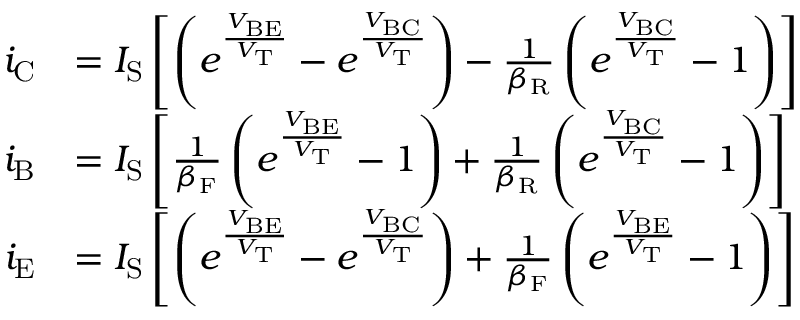
{ \begin{array} { r l } { i _ { \mathrm { C } } } & { = I _ { \mathrm { S } } \left[ \left( e ^ { \frac { V _ { \mathrm { B E } } } { V _ { \mathrm { T } } } } - e ^ { \frac { V _ { \mathrm { B C } } } { V _ { \mathrm { T } } } } \right) - { \frac { 1 } { \beta _ { \mathrm { R } } } } \left( e ^ { \frac { V _ { \mathrm { B C } } } { V _ { \mathrm { T } } } } - 1 \right) \right] } \\ { i _ { \mathrm { B } } } & { = I _ { \mathrm { S } } \left[ { \frac { 1 } { \beta _ { \mathrm { F } } } } \left( e ^ { \frac { V _ { \mathrm { B E } } } { V _ { \mathrm { T } } } } - 1 \right) + { \frac { 1 } { \beta _ { \mathrm { R } } } } \left( e ^ { \frac { V _ { \mathrm { B C } } } { V _ { \mathrm { T } } } } - 1 \right) \right] } \\ { i _ { \mathrm { E } } } & { = I _ { \mathrm { S } } \left[ \left( e ^ { \frac { V _ { \mathrm { B E } } } { V _ { \mathrm { T } } } } - e ^ { \frac { V _ { \mathrm { B C } } } { V _ { \mathrm { T } } } } \right) + { \frac { 1 } { \beta _ { \mathrm { F } } } } \left( e ^ { \frac { V _ { \mathrm { B E } } } { V _ { \mathrm { T } } } } - 1 \right) \right] } \end{array} }